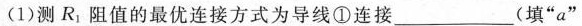
(1)测R1阻值的最优连接方式为导线①连接___(填”a”